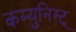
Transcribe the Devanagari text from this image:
कम्युनिस्ट्